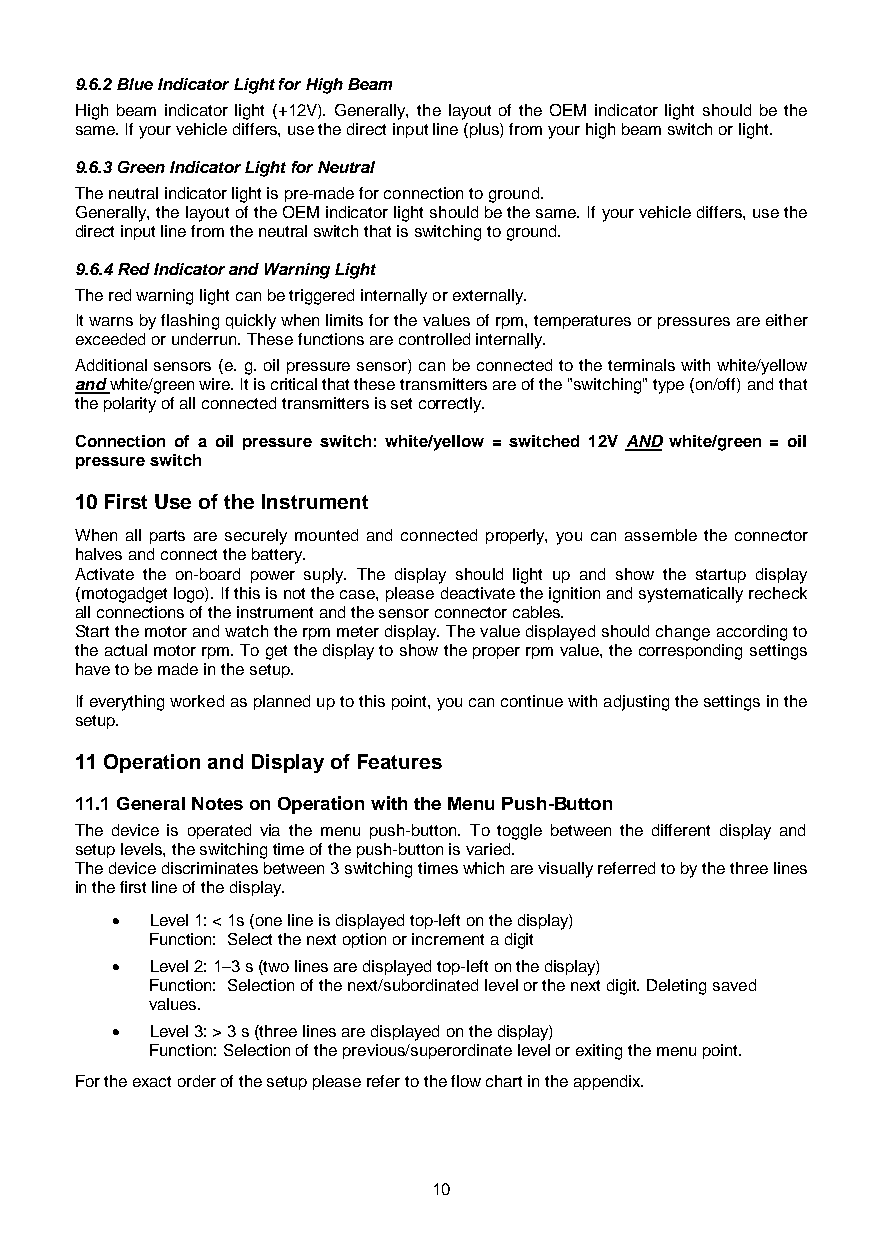
9.6.2 Blue Indicator Light for High Beam
 High beam indicator light (+12V). Generally, the layout of the OEM indicator light should be the
 same. If your vehicle differs, use the direct input line (plus) from your high beam switch or light.
 9.6.3 Green Indicator Light for Neutral
 The neutral indicator light is pre-made for connection to ground.
 Generally, the layout of the OEM indicator light should be the same. If your vehicle differs, use the
 direct input line from the neutral switch that is switching to ground.
 9.6.4 Red Indicator and Warning Light
 The red warning light can be triggered internally or externally.
 It warns by flashing quickly when limits for the values of rpm, temperatures or pressures are either
 exceeded or underrun. These functions are controlled internally.
 Additional sensors (e. g. oil pressure sensor) can be connected to the terminals with white/yellow
 and white/green wire. It is critical that these transmitters are of the "switching" type (on/off) and that
 the polarity of all connected transmitters is set correctly.
 Connection of a oil pressure switch: white/yellow = switched 12V AND white/green = oil
 pressure switch
 10 First Use of the Instrument
 When all parts are securely mounted and connected properly, you can assemble the connector
 halves and connect the battery.
 Activate the on-board power suply. The display should light up and show the startup display
 (motogadget logo). If this is not the case, please deactivate the ignition and systematically recheck
 all connections of the instrument and the sensor connector cables.
 Start the motor and watch the rpm meter display. The value displayed should change according to
 the actual motor rpm. To get the display to show the proper rpm value, the corresponding settings
 have to be made in the setup.
 If everything worked as planned up to this point, you can continue with adjusting the settings in the
 setup.
 11 Operation and Display of Features
 11.1 General Notes on Operation with the Menu Push-Button
 The device is operated via the menu push-button. To toggle between the different display and
 setup levels, the switching time of the push-button is varied.
 The device discriminates between 3 switching times which are visually referred to by the three lines
 in the first line of the display.
 •  Level 1: < 1s (one line is displayed top-left on the display)
 Function: Select the next option or increment a digit
 •  Level 2: 1–3 s (two lines are displayed top-left on the display)
 Function: Selection of the next/subordinated level or the next digit. Deleting saved
 values.
 •  Level 3: > 3 s (three lines are displayed on the display)
 Function: Selection of the previous/superordinate level or exiting the menu point.
 For the exact order of the setup please refer to the flow chart in the appendix.
 10